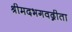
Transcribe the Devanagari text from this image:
श्रीमदभगवद्गीता